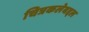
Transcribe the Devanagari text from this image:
चित्रकलेबद्दल